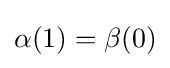
\alpha (1)=\beta (0)